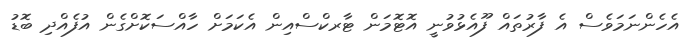
އެހެންނަމަވެސް އެ ފާރުތައް ފޫއެޅުވުނީ އޮޓޮމަން ޓާރކްސްއިން އެކަމަށް ހާއްސަކޮށްގެން އުފެއްދި ބޮޑު